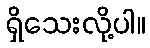
ရှိသေးလို့ပါ။